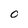
Character: O